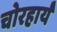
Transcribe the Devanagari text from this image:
चोरहार्यं